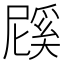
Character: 𭕱